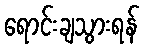
ရောင်းချသွားရန်